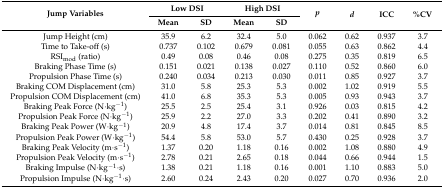
<table><thead><tr><td rowspan="2"><b>Jump Variables</b></td><td colspan="2"><b>Low DSI</b></td><td colspan="2"><b>High DSI</b></td><td rowspan="2"><b><i>p</i></b></td><td rowspan="2"><b><i>d</i></b></td><td rowspan="2"><b>ICC</b></td><td rowspan="2"><b>%CV</b></td></tr><tr><td><b>Mean</b></td><td><b>SD</b></td><td><b>Mean</b></td><td><b>SD</b></td></tr></thead><tbody><tr><td>Jump Height (cm)</td><td>35.9</td><td>6.2</td><td>32.4</td><td>5.0</td><td>0.062</td><td>0.62</td><td>0.937</td><td>3.7</td></tr><tr><td>Time to Take-off (s)</td><td>0.737</td><td>0.102</td><td>0.679</td><td>0.081</td><td>0.055</td><td>0.63</td><td>0.862</td><td>4.4</td></tr><tr><td>RSI<sub>mod</sub> (ratio)</td><td>0.49</td><td>0.08</td><td>0.46</td><td>0.08</td><td>0.275</td><td>0.35</td><td>0.819</td><td>6.5</td></tr><tr><td>Braking Phase Time (s)</td><td>0.151</td><td>0.021</td><td>0.138</td><td>0.027</td><td>0.110</td><td>0.52</td><td>0.860</td><td>6.0</td></tr><tr><td>Propulsion Phase Time (s)</td><td>0.240</td><td>0.034</td><td>0.213</td><td>0.030</td><td>0.011</td><td>0.85</td><td>0.927</td><td>3.7</td></tr><tr><td>Braking COM Displacement (cm)</td><td>31.0</td><td>5.8</td><td>25.3</td><td>5.3</td><td>0.002</td><td>1.02</td><td>0.919</td><td>5.5</td></tr><tr><td>Propulsion COM Displacement (cm)</td><td>41.0</td><td>6.8</td><td>35.3</td><td>5.3</td><td>0.005</td><td>0.93</td><td>0.943</td><td>3.7</td></tr><tr><td>Braking Peak Force (N·kg<sup>−1</sup>)</td><td>25.5</td><td>2.5</td><td>25.4</td><td>3.1</td><td>0.926</td><td>0.03</td><td>0.815</td><td>4.2</td></tr><tr><td>Propulsion Peak Force (N·kg<sup>−1</sup>)</td><td>25.9</td><td>2.2</td><td>27.0</td><td>3.3</td><td>0.202</td><td>0.41</td><td>0.890</td><td>3.2</td></tr><tr><td>Braking Peak Power (W·kg<sup>−1</sup>)</td><td>20.9</td><td>4.8</td><td>17.4</td><td>3.7</td><td>0.014</td><td>0.81</td><td>0.845</td><td>8.5</td></tr><tr><td>Propulsion Peak Power (W·kg<sup>−1</sup>)</td><td>54.4</td><td>5.8</td><td>53.0</td><td>5.7</td><td>0.430</td><td>0.25</td><td>0.928</td><td>3.7</td></tr><tr><td>Braking Peak Velocity (m·s<sup>−1</sup>)</td><td>1.37</td><td>0.20</td><td>1.18</td><td>0.16</td><td>0.002</td><td>1.08</td><td>0.880</td><td>4.9</td></tr><tr><td>Propulsion Peak Velocity (m·s<sup>−1</sup>)</td><td>2.78</td><td>0.21</td><td>2.65</td><td>0.18</td><td>0.044</td><td>0.66</td><td>0.944</td><td>1.5</td></tr><tr><td>Braking Impulse (N·kg<sup>−1</sup>·s)</td><td>1.38</td><td>0.21</td><td>1.18</td><td>0.16</td><td>0.001</td><td>1.10</td><td>0.883</td><td>5.0</td></tr><tr><td>Propulsion Impulse (N·kg<sup>−1</sup>·s)</td><td>2.60</td><td>0.24</td><td>2.43</td><td>0.20</td><td>0.027</td><td>0.70</td><td>0.936</td><td>2.0</td></tr></tbody></table>